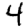
Digit: 4